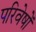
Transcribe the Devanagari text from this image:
परिवेषों